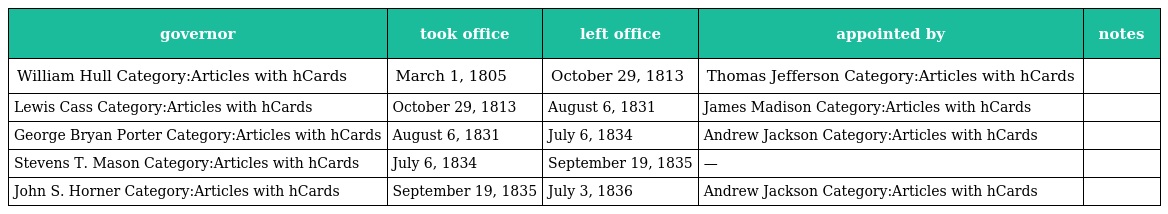
| governor | took office | left office | appointed by | notes |
 | --- | --- | --- | --- | --- |
 | William Hull Category:Articles with hCards | March 1, 1805 | October 29, 1813 | Thomas Jefferson Category:Articles with hCards |  |
 | Lewis Cass Category:Articles with hCards | October 29, 1813 | August 6, 1831 | James Madison Category:Articles with hCards |  |
 | George Bryan Porter Category:Articles with hCards | August 6, 1831 | July 6, 1834 | Andrew Jackson Category:Articles with hCards |  |
 | Stevens T. Mason Category:Articles with hCards | July 6, 1834 | September 19, 1835 | — |  |
 | John S. Horner Category:Articles with hCards | September 19, 1835 | July 3, 1836 | Andrew Jackson Category:Articles with hCards |  |